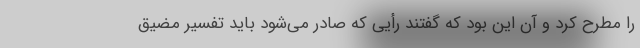
را مطرح کرد و آن این بود که گفتند رأیی که صادر می‌شود باید تفسیر مضیق